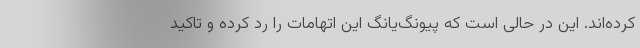
کرده‌اند. این در حالی است که پیونگ‌یانگ این اتهامات را رد کرده و تاکید